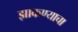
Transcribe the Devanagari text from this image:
झाकण्याचा